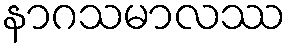
နာဂသမာလဿ